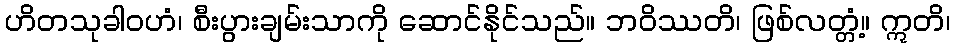
ဟိတသုခါဝဟံ၊ စီးပွားချမ်းသာကို ဆောင်နိုင်သည်။ ဘဝိဿတိ၊ ဖြစ်လတ္တံ့။ ဣတိ၊